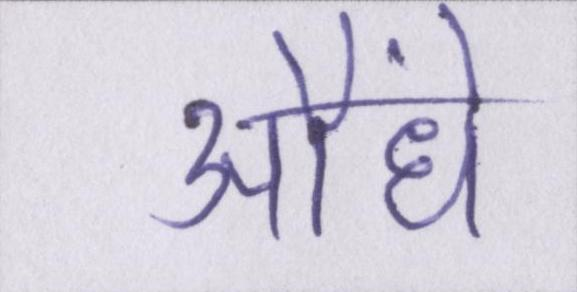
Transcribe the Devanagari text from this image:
औंधे